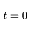
t = 0